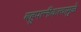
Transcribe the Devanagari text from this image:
बहुपत्‍नीकत्वामुळे